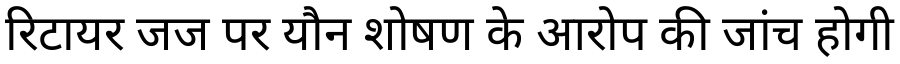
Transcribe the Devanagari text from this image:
रिटायर जज पर यौन शोषण के आरोप की जांच होगी